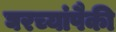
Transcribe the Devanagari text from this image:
घरच्यांपैकी